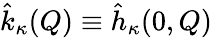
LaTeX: \hat{k}_{\kappa}(Q)\equiv\hat{h}_{\kappa}(0,Q)